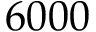
6 0 0 0